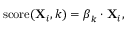
\operatorname { s c o r e } ( \mathbf { X } _ { i } , k ) = { \boldsymbol { \beta } } _ { k } \cdot \mathbf { X } _ { i } ,